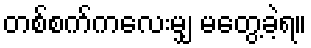
တစ်စက်ကလေးမျှ မတွေ့ခဲ့ရ။